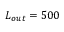
L _ { o u t } = 5 0 0